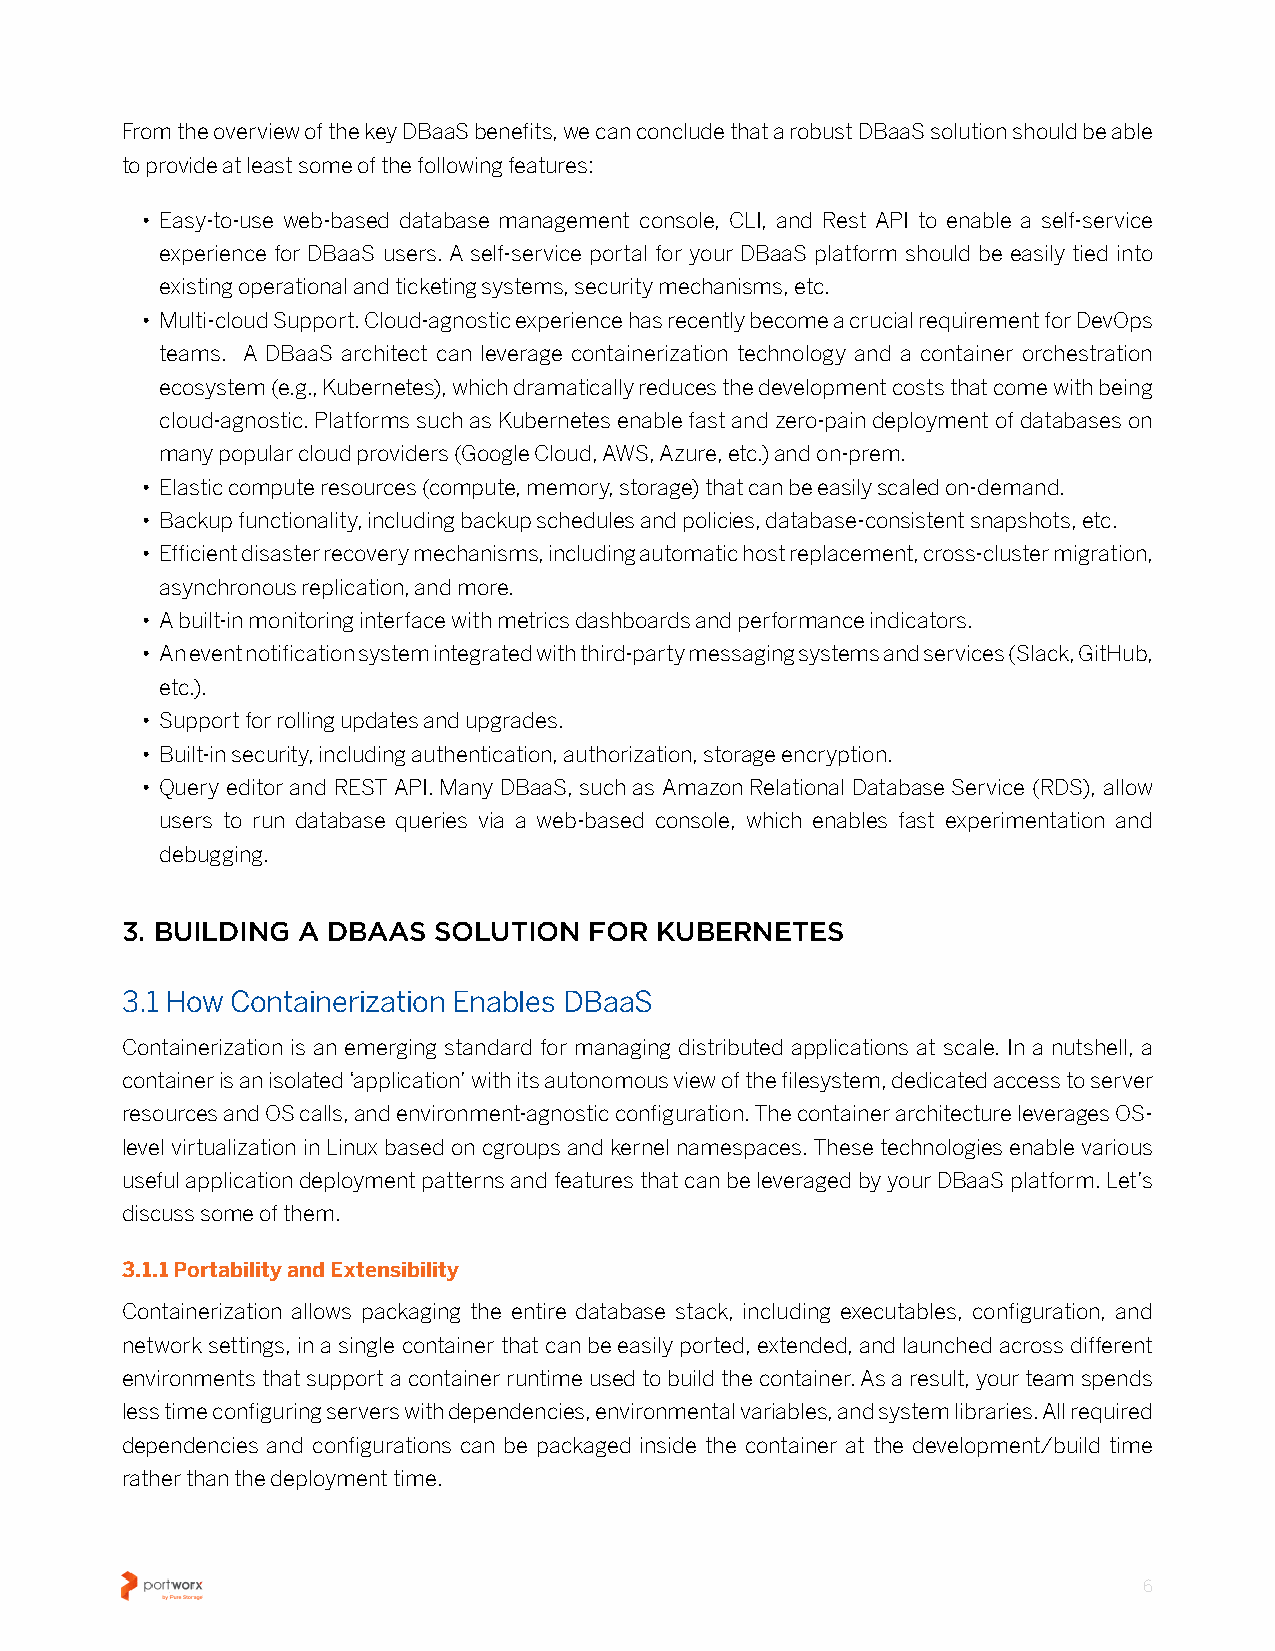
From the overview of the key DBaaS benefits, we can conclude that a robust DBaaS solution should be able
 to provide at least some of the following features:
 • Easy-to-use web-based database management console, CLI, and Rest API to enable a self-service
 experience for DBaaS users� A self-service portal for your DBaaS platform should be easily tied into
 existing operational and ticketing systems, security mechanisms, etc�
 • Multi-cloud Support� Cloud-agnostic experience has recently become a crucial requirement for DevOps
 teams� A DBaaS architect can leverage containerization technology and a container orchestration
 ecosystem (e�g�, Kubernetes), which dramatically reduces the development costs that come with being
 cloud-agnostic� Platforms such as Kubernetes enable fast and zero-pain deployment of databases on
 many popular cloud providers (Google Cloud, AWS, Azure, etc�) and on-prem�
 • Elastic compute resources (compute, memory, storage) that can be easily scaled on-demand�
 • Backup functionality, including backup schedules and policies, database-consistent snapshots, etc�
 • Efficient disaster recovery mechanisms, including automatic host replacement, cross-cluster migration,
 asynchronous replication, and more�
 • A built-in monitoring interface with metrics dashboards and performance indicators�
 • An event notification system integrated with third-party messaging systems and services (Slack, GitHub,
 etc�)�
 • Support for rolling updates and upgrades�
 • Built-in security, including authentication, authorization, storage encryption�
 • Query editor and REST API� Many DBaaS, such as Amazon Relational Database Service (RDS), allow
 users to run database queries via a web-based console, which enables fast experimentation and
 debugging�
 3. BUILDING A DBAAS  SOLUTION  FOR KUBERNETES
 3.1 How Containerization Enables DBaaS
 Containerization is an emerging standard for managing distributed applications at scale� In a nutshell, a
 container is an isolated ‘application’ with its autonomous view of the filesystem, dedicated access to server
 resources and OS calls, and environment-agnostic configuration� The container architecture leverages OS-
 level virtualization in Linux based on cgroups and kernel namespaces� These technologies enable various
 useful application deployment patterns and features that can be leveraged by your DBaaS platform� Let’s
 discuss some of them�
 3.1.1 Portability and Extensibility
 Containerization allows packaging the entire database stack, including executables, configuration, and
 network settings, in a single container that can be easily ported, extended, and launched across different
 environments that support a container runtime used to build the container� As a result, your team spends
 less time configuring servers with dependencies, environmental variables, and system libraries� All required
 dependencies and configurations can be packaged inside the container at the development/build time
 rather than the deployment time�
 6